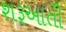
શરૂઆતી